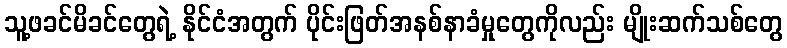
သူ့ဖခင်မိခင်တွေရဲ့ နိုင်ငံအတွက် ပိုင်းဖြတ်အနစ်နာခံမှုတွေကိုလည်း မျိုးဆက်သစ်တွေ